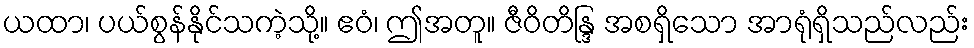
ယထာ၊ ပယ်စွန်နိုင်သကဲ့သို့။ ဧဝံ၊ ဤအတူ။ ဇီဝိတိန္ဒြ အစရှိသော အာရုံရှိသည်လည်း